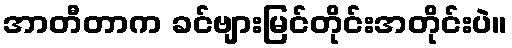
အာတီတာက ခင်ဗျားမြင်တိုင်းအတိုင်းပဲ။